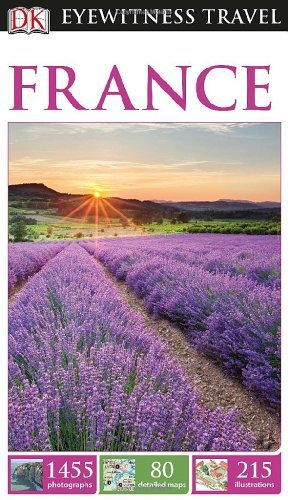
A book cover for DK Eyewitness Travel Guide: France; DK Publishing; Travel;